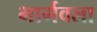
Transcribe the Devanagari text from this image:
भार्गवला